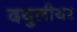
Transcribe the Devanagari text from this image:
दयुलीयर